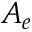
A _ { e }